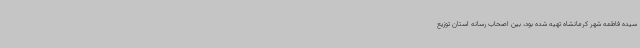
سیده فاطمه شهر کرمانشاه تهیه شده بود، بین اصحاب رسانه استان توزیع